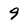
Character: 9